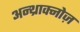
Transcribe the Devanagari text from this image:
अन्थ्राक्नोज़